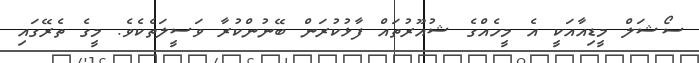
ސޯޝަލް މީޑިއާއަކީ އެ މީހެއްގެ ޝުއޫރުތައް ފާޅުކުރަން ބޭނުންކުރާ ވަސީލަތެކެވެ. މީގެ ތެރޭގައި